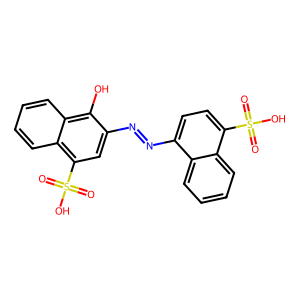
SMILES: O=S(=O)(O)c1ccc(N=Nc2cc(S(=O)(=O)O)c3ccccc3c2O)c2ccccc12
Inhibits HIV replication: No